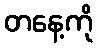
တနေ့ကို